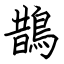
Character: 鵲